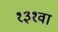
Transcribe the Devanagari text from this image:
१३१वा